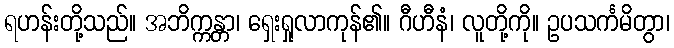
ရဟန်းတို့သည်။ အဘိက္ကန္တာ၊ ရှေးရှုလာကုန်၏။ ဂီဟီနံ၊ လူတို့ကို။ ဥပသင်္ကမိတွာ၊